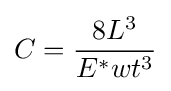
C={\frac {8L^{3}}{E^{*}wt^{3}}}